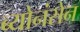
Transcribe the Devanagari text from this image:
ब्योनंसेन